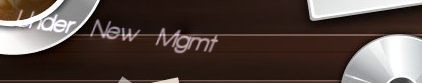
Under New Mgmt